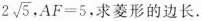
2 \sqrt{5}，$$A F = 5$$，求菱形的边长.